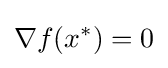
\nabla f(x^{*})=0